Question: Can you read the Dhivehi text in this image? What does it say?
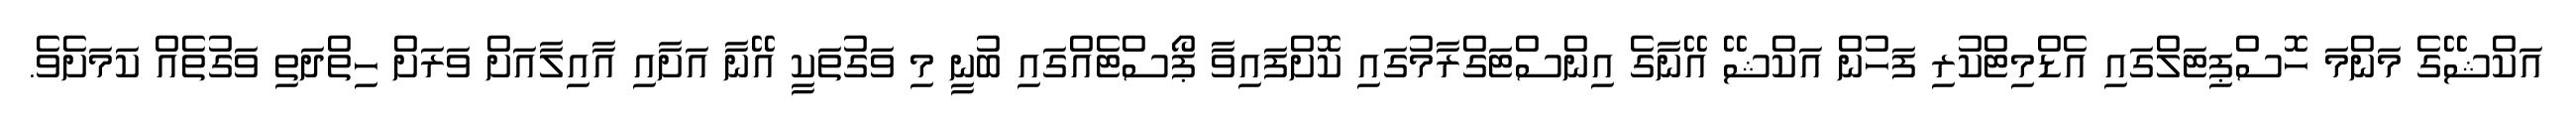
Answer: އަކްޝޭގެ މަންމަ ހޮސްޕިޓަލްގައި އެޑްމިޓްކުރި ފަހުން އަކްޝޭ އޭނާގެ އިންސްޓަގްރާމުގައި ކޮށްފައިވާ ޕޯސްޓެއްގައި ބުނީ މި ވަގުތަކީ އޭނާ އަށާއި އާއިލާއަށް ވަރަށް ހިތްދަތި ވަގުތެއް ކަމަށެވެ.